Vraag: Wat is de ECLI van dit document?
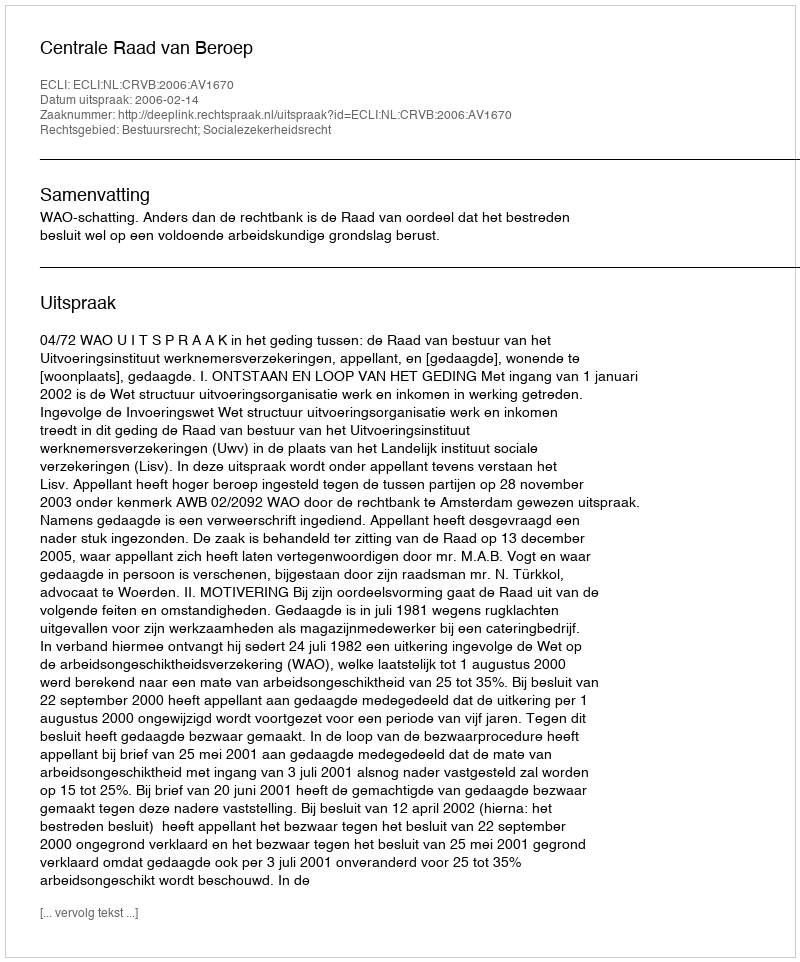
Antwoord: ECLI:NL:CRVB:2006:AV1670